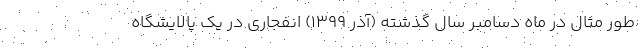
طور مثال در ماه دسامبر سال گذشته (آذر ۱۳۹۹) انفجاری در یک پالایشگاه